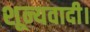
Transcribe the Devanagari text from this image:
शून्यवादी।